Report on vaccination proceedings throughout the Government of Bengal -
Year: 1868
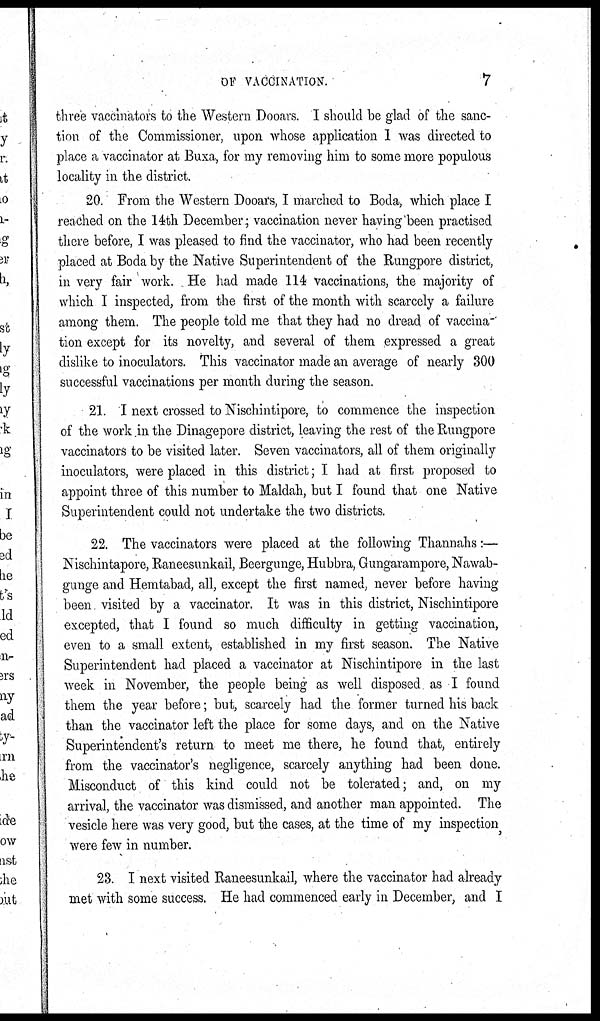
OF VACCINATION.
7
three vaccinators to the Western Dooars. I should be glad of the sanc-
tion of the Commissioner, upon whose application I was directed to
place a vaccinator at Buxa, for my removing him to some more populous
locality in the district.
20. From the Western Dooars, I marched to Boda, which place I
reached on the 14th December; vaccination never having been practised
there before, I was pleased to find the vaccinator, who had been recently
placed at Boda by the Native Superintendent of the Rungpore district,
in very fair work. He had made 114 vaccinations, the majority of
which I inspected, from the first of the month with scarcely a failure
among them. The people told me that they had no dread of vaccina¬
tion except for its novelty, and several of them expressed a great
dislike to inoculators. This vaccinator made an average of nearly 300
successful vaccinations per month during the season.
21. I next crossed to Nischintipore, to commence the inspection
of the work in the Dinagepore district, leaving the rest of the Rungpore
vaccinators to be visited later. Seven vaccinators, all of them originally
inoculators, were placed in this district; I had at first proposed to
appoint three of this number to Maldah, but I found that one Native
Superintendent could not undertake the two districts.
22. The vaccinators were placed at the following Thannahs:—
Nischintapore, Raneesunkail, Beergunge, Hubbra, Gungarampore, Nawab-
gunge and Hemtabad, all, except the first named, never before having
been visited by a vaccinator. It was in this district, Nischintipore
excepted, that I found so much difficulty in getting vaccination,
even to a small extent, established in my first season. The Native
Superintendent had placed a vaccinator at Nischintipore in the last
week in November, the people being as well disposed as I found
them the year before; but, scarcely had the former turned his back
than the vaccinator left the place for some days, and on the Native
Superintendent's return to meet me there, he found that, entirely
from the vaccinator's negligence, scarcely anything had been done.
Misconduct of this kind could not be tolerated; and, on my
arrival, the vaccinator was dismissed, and another man appointed. The
vesicle here was very good, but the cases, at the time of my inspection
were few in number.
23. I next visited Raneesunkail, where the vaccinator had already
met with some success. He had commenced early in December, and I